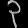
Digit: ၃